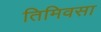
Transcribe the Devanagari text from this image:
तिमिवसा